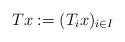
LaTeX: \begin{align*}Tx := (T_ix)_{i \in I}\end{align*}